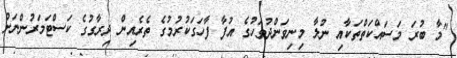
"މާ ބުރަ މަސައްކަތްތަކާއި ނުލާ މިނިވަންދުވަހުގެ އުފާ ފާހަގަކުރުމުގެ ތެރެއިން ދިރާގުގެ ކަސްޓަމަރުންނަށް